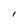
Character: l